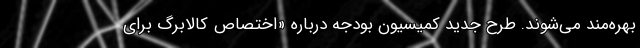
بهره‌مند می‌شوند. طرح جدید کمیسیون بودجه درباره «اختصاص کالابرگ برای